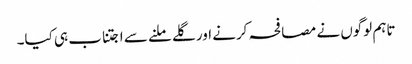
تاہم لوگوں نے مصافحہ کرنے اور گلے ملنے سے اجتناب ہی کیا۔